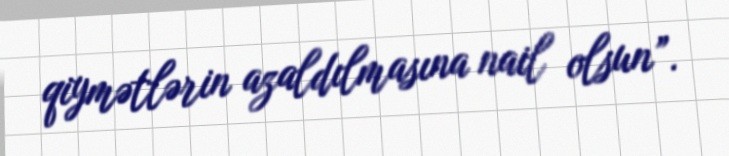
qiymətlərin azaldılmasına nail olsun”.